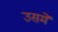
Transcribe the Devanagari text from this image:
उसमेें